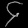
Digit: ၄